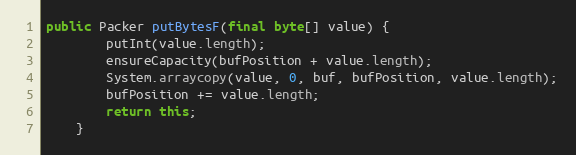
Language: Java
public Packer putBytesF(final byte[] value) {
		putInt(value.length);
		ensureCapacity(bufPosition + value.length);
		System.arraycopy(value, 0, buf, bufPosition, value.length);
		bufPosition += value.length;
		return this;
	}